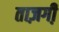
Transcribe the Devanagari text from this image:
ताज़गी़